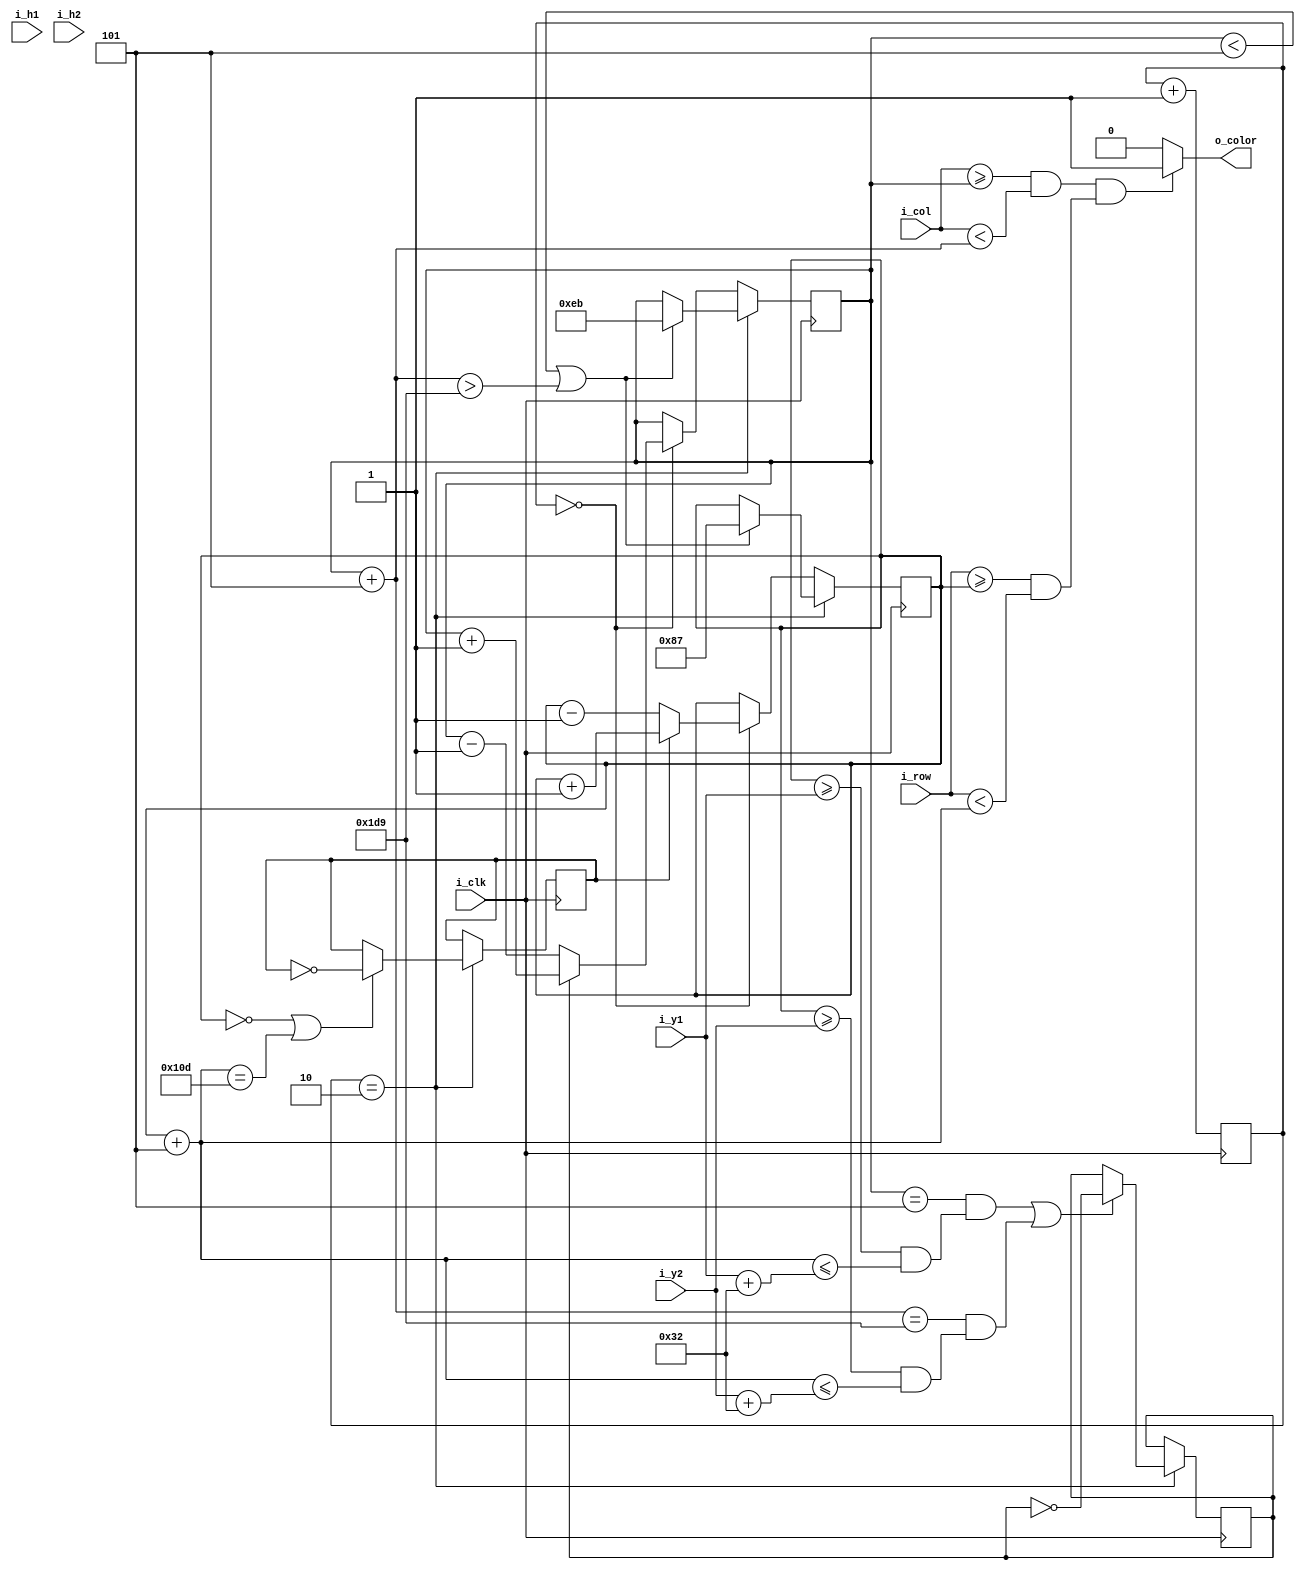
module ball #(
	parameter start_x = 235,
	parameter start_y = 135) (
	input i_clk,
	input [8:0] i_col,
	input [8:0] i_row,
	input [8:0] i_y1,
	input [6:0] i_h1,
	input [8:0] i_y2,
	input [6:0] i_h2,
	output o_color
);

localparam player_width = 5;
localparam player_heigth = 30;
localparam size = 5;

reg [8:0] x = start_x;
reg [8:0] y = start_y;
reg dir_x = 0;
reg dir_y = 0;

reg [17:0] cnt;

	always @ (posedge i_clk)
	begin
		cnt <= cnt + 1;
		if(cnt == 0)
		begin
			if(dir_x) x <= x + 1;
			else x <= x - 1;
			if(dir_y) y <= y + 1;
			else y <= y - 1;
		end
		if(cnt == 2)
		begin
		   if((x == 5 && (y >= i_y1 && (y+size) <= (i_y1+50))) || (x+size == 473 && (y >= i_y2 && (y+size) <= (i_y2+50))))
			begin
				dir_x <= ~dir_x;
			end
			else 
			begin
				dir_x <= dir_x;
			end
			if(y == 0 || y+size == 269)
			begin
				dir_y <= ~dir_y;
			end
			else dir_y <= dir_y; 
			if(x < 5 || x+size > 473 )
			begin
				x <= 235;
				y <= 135;
			end
			else 
			begin
				x <= x;
				y <= y;
			end
		end
	end

	assign o_color = ((i_col >= x && i_col < x+size) && (i_row >= y && i_row < y+size)) ? 1'b1 : 1'b0;

endmodule